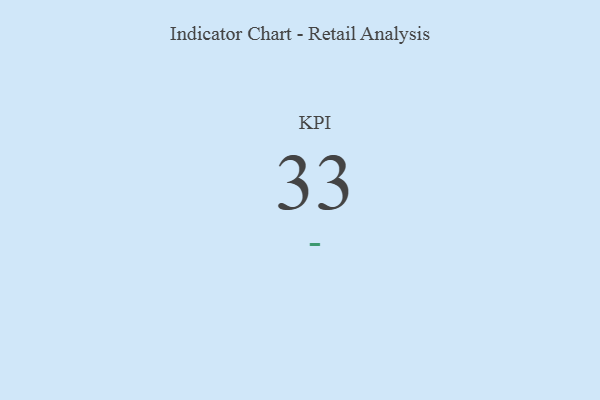
{"axis": {"x": "KPI", "y": "Value"}, "legend": [""], "data": [{"x": "KPI", "y": 33, "type": ""}]}